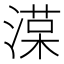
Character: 𣼑